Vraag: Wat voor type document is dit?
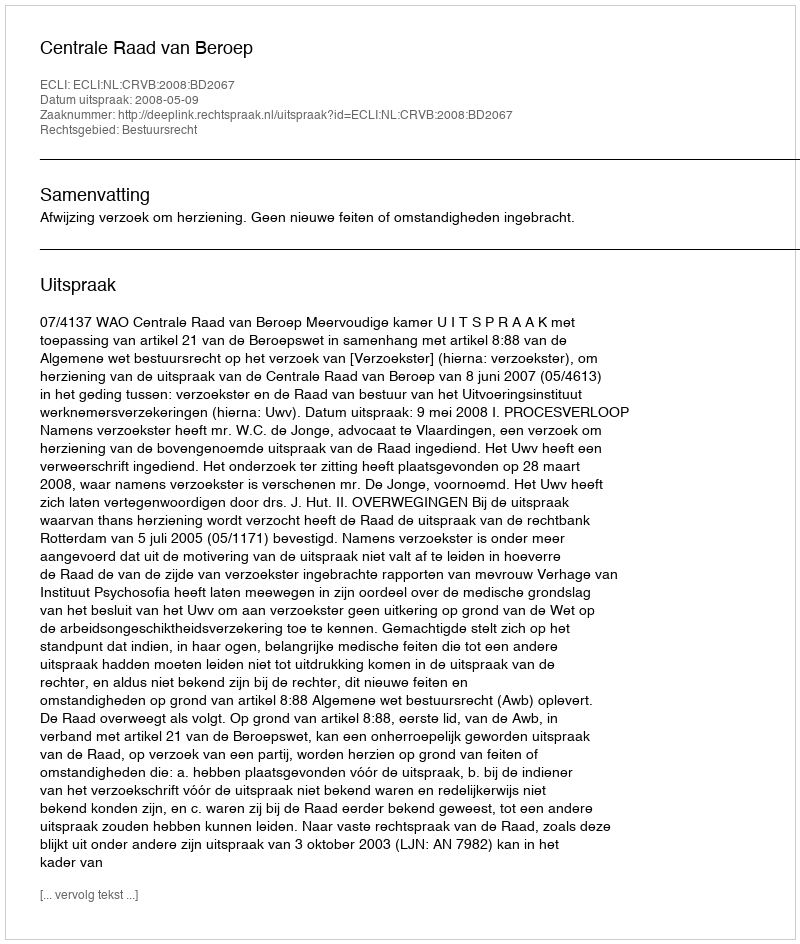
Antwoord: Uitspraak